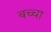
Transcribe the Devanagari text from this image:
बच्‍चा